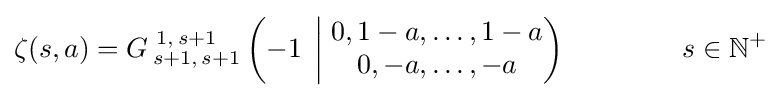
\zeta (s,a)=G\,_{s+1,\,s+1}^{\,1,\,s+1}\left(-1\;\left|\;{\begin{matrix}0,1-a,\ldots ,1-a\\0,-a,\ldots ,-a\end{matrix}}\right)\right.\qquad \qquad s\in \mathbb {N} ^{+}